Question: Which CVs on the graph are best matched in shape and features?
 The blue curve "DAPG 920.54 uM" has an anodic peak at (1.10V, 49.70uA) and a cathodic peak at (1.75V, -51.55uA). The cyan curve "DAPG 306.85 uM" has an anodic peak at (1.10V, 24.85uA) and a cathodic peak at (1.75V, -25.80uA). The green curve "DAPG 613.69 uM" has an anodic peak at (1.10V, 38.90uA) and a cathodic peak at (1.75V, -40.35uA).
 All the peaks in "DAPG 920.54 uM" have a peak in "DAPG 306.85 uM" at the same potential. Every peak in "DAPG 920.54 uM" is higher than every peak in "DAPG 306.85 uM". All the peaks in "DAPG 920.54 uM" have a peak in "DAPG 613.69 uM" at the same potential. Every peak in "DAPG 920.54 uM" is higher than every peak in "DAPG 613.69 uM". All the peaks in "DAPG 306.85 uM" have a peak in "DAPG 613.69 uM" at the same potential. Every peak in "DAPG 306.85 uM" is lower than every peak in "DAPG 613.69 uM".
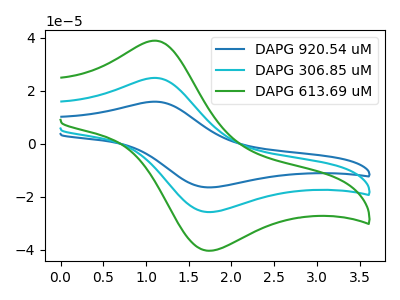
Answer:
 <answer>"DAPG 613.69 uM", "DAPG 920.54 uM" and "DAPG 306.85 uM" have the same shape and are likely CV's of the same chemical.</answer>
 <eval>"DAPG 613.69 uM" "DAPG 920.54 uM" "DAPG 306.85 uM"</eval>